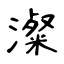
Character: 澯